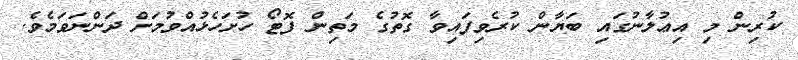
ކުރިން މި އިޢުލާނުގައި ބަޔާން ކުރެވިފައިވާ ގޮތުގެ މަތިން ފޮޓޯ ހުށަހެޅުއްވުމަށް ދަންނަވަމެވެ.